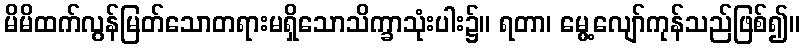
မိမိထက်လွန်မြတ်သောတရားမရှိသောသိက္ခာသုံးပါး၌။ ရတာ၊ မွေ့လျော်ကုန်သည်ဖြစ်၍။